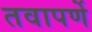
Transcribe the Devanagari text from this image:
तवापर्णे